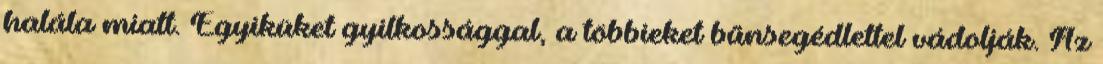
halála miatt. Egyiküket gyilkossággal, a többieket bűnsegédlettel vádolják. Az